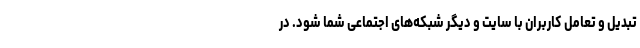
تبدیل و تعامل کاربران با سایت و دیگر شبکه‌های اجتماعی شما شود. در